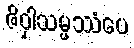
ဇိဝှါသမ္ဖဿံပေ